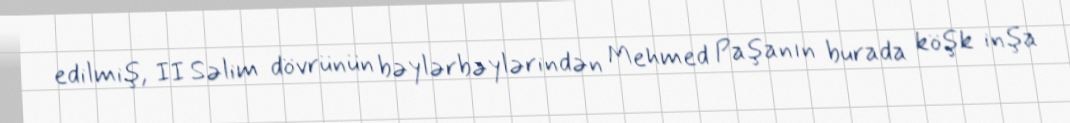
edilmiş, II Səlim dövrünün bəylərbəylərindən Mehmed Paşanın burada köşk inşa